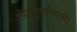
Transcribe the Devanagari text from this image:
श्वेतपुनर्नवाची